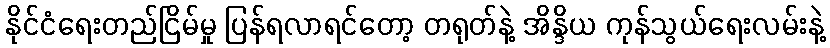
နိုင်ငံရေးတည်ငြိမ်မှု ပြန်ရလာရင်တော့ တရုတ်နဲ့ အိန္ဒိယ ကုန်သွယ်ရေးလမ်းနဲ့